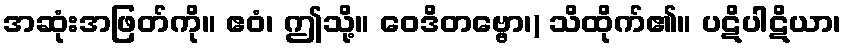
အဆုံးအဖြတ်ကို။ ဧဝံ၊ ဤသို့။ ဝေဒိတဗ္ဗော၊) သိထိုက်၏။ ပဋိပါဋိယာ၊